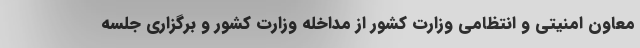
معاون امنیتی و انتظامی وزارت کشور از مداخله وزارت کشور و برگزاری جلسه